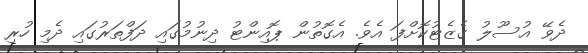
ދެވޭ އުސޫލު ގެޒެޓުކޮށްފަ އެވެ. އެގޮތުން ޕޮއިންޓު ދިނުމުގައި ދަފްތަރުގައި ދެމި ހުރި